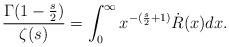
\begin{align*}\frac{\Gamma(1-\frac{s}{2})}{\zeta(s)}=\int_{0}^{\infty}x^{-(\frac{s}{2}+1)}\dot{R}(x)dx.\end{align*}